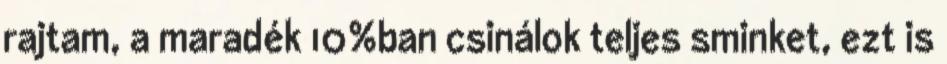
rajtam, a maradék 10%ban csinálok teljes sminket, ezt is